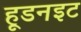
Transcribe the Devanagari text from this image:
हूडनइट